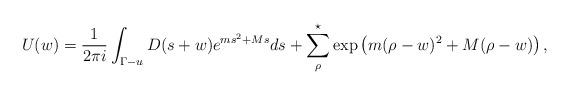
LaTeX: \begin{align*}U(w) & = \frac{1}{2\pi i} \int_{\Gamma-u} D(s+w) e^{ms^2+Ms}ds + \sum^{\star}_{\rho} \exp\left(m(\rho-w)^2+M(\rho-w)\right),\end{align*}